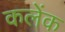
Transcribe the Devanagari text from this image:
कलेंक